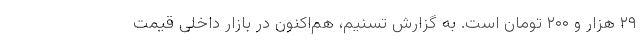
۲۹ هزار و ۲۰۰ تومان است. به گزارش تسنیم، هم‌اکنون در بازار داخلی قیمت